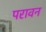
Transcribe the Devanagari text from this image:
परावन